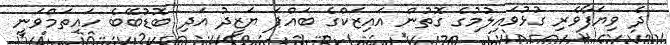
ދެ ވިޔަފާވެރި ގުޅުވައިލުމުގެ ގޮތުން އައިޒަކްގެ ބައްޕަ ޔަޒީދު އަދި ބޮޑުބޭބެ ހައިތަމްވަނީ